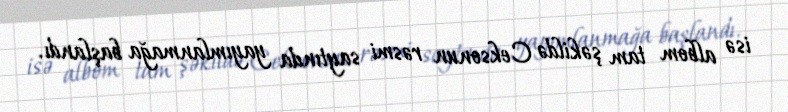
isə albom tam şəkildə Ceksonun rəsmi saytında yayımlanmağa başlandı.